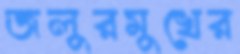
জলুরমুখের